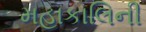
મહાકાલિની